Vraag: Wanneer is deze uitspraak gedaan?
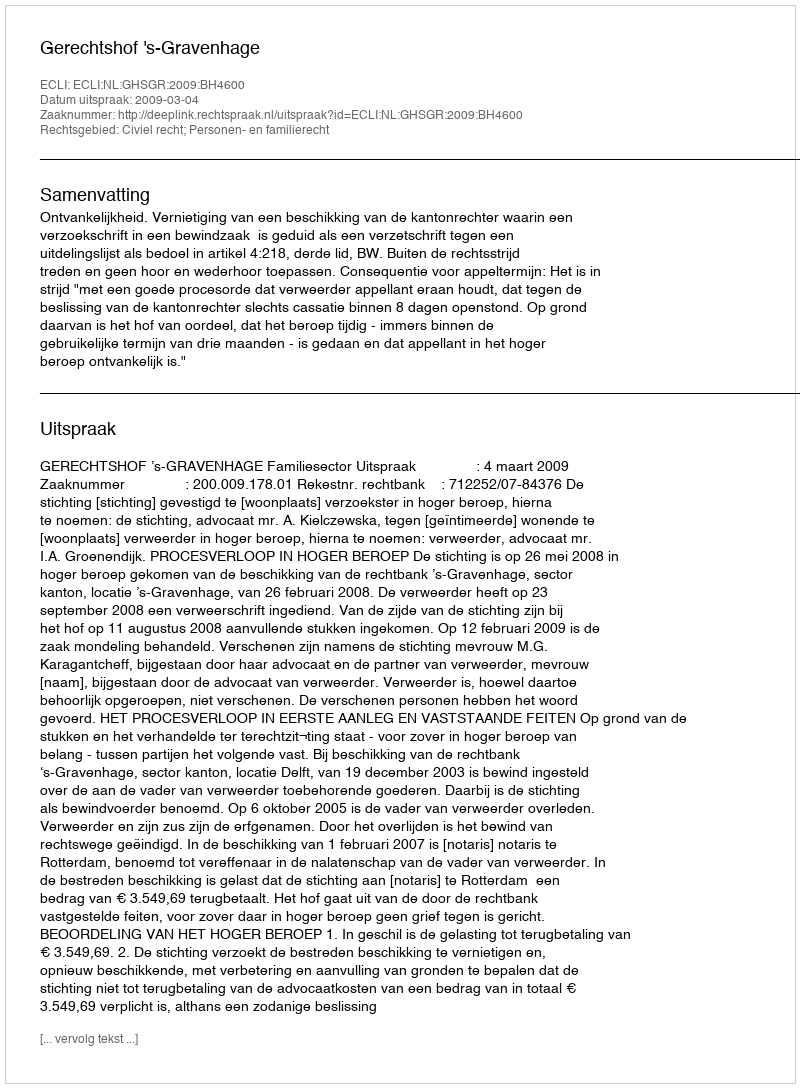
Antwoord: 2009-03-04